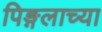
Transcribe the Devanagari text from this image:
पिङ्गलाच्या